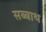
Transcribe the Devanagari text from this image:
सब्‍बाथ